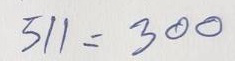
511 = 300